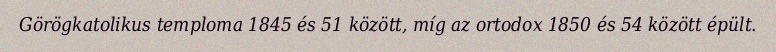
Görögkatolikus temploma 1845 és 51 között, míg az ortodox 1850 és 54 között épült.